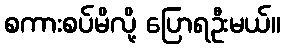
စကားစပ်မိလို့ ပြောရဦးမယ်။